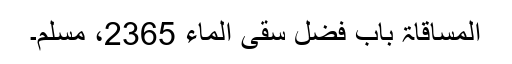
المساقاۃ باب فضل سقی الماء 2365، مسلم۔